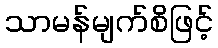
သာမန်မျက်စိဖြင့်